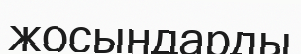
жосындарды